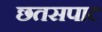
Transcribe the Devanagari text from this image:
छतसपाट